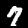
Label: 7